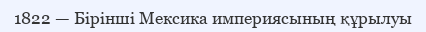
1822 — Бiрiншi Мексика империясының құрылуы